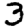
Digit: 3